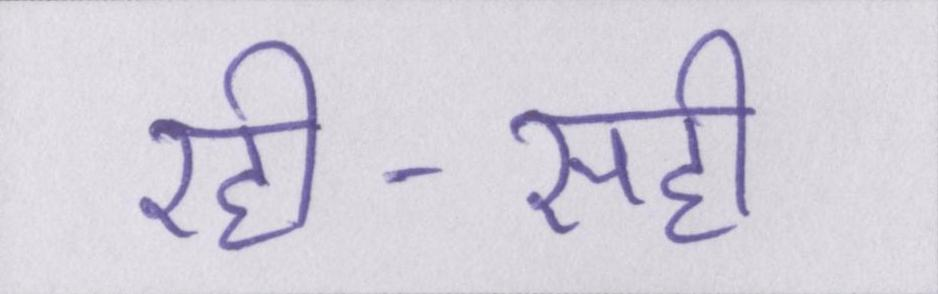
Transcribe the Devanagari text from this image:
रही-सही